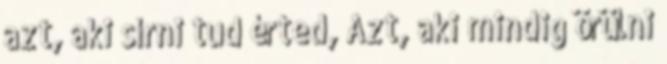
azt, aki sírni tud érted, Azt, aki mindig örülni